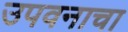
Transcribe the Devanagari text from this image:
उपवनाचा